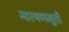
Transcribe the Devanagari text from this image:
नारयणमूर्ती